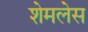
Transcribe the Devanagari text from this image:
शेमलेस